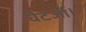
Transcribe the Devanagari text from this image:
चैटर्जी।